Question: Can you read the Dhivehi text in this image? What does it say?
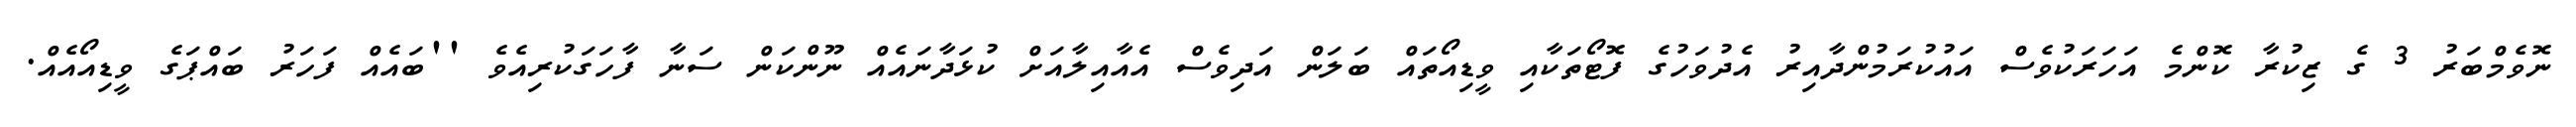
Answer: ނޮވެމްބަރު 3 ގެ ޒިކުރާ ކޮންމެ އަހަރަކުވެސް އައުކުރަމުންދާއިރު އެދުވަހުގެ ފޮޓޯތަކާއި ވީޑިއޯތައް ބަލަން އަދިވެސް އެއާއިލާއަށް ކުޅަދާނައެއް ނޫންކަން ސަނާ ފާހަގަކުރިއެވެ ''ބައެއް ފަހަރު ބައްޕަގެ ވީޑިއޯއެއް.